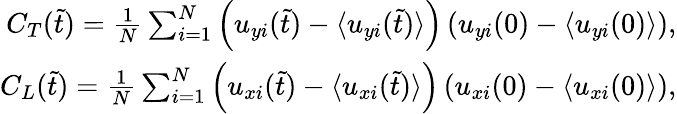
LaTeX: \begin{array}{r}{C_{T}(\tilde{t})=\frac{1}{N}\sum_{i=1}^{N}\left(u_{yi}(\tilde{t})-\langle u_{yi}(\tilde{t})\rangle\right)\left(u_{yi}(0)-\langle u_{yi}(0)\rangle\right),}\\ {C_{L}(\tilde{t})=\frac{1}{N}\sum_{i=1}^{N}\left(u_{xi}(\tilde{t})-\langle u_{xi}(\tilde{t})\rangle\right)\left(u_{xi}(0)-\langle u_{xi}(0)\rangle\right),}\end{array}